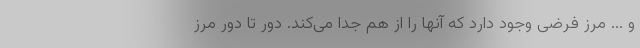
و ... مرز فرضی وجود دارد که آنها را از هم جدا می‌کند. دور تا دور مرز